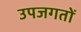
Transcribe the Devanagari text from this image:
उपजगतों